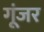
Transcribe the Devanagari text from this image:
गूंजर